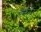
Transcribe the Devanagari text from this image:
कॅकॅरॉट